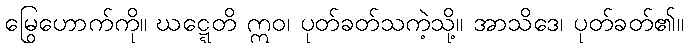
မြွေဟောက်ကို။ ဃဋ္ဋေတိ ဣဝ၊ ပုတ်ခတ်သကဲ့သို့။ အာသိဒေ၊ ပုတ်ခတ်၏။